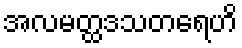
အလမတ္ထဒသတရေဟိ